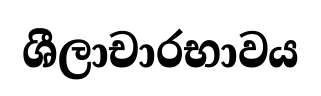
ශීලාචාරභාවය